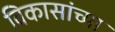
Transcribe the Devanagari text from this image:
विकासांच्या